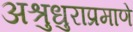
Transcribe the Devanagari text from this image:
अश्रुधुराप्रमाणे